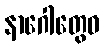
နာဂေါတွေဝ